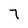
Character: 7